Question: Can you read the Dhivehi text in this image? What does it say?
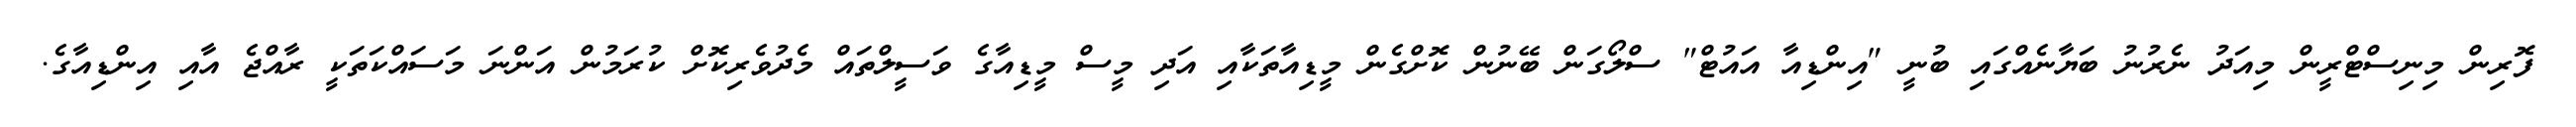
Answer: ފޮރިން މިނިސްޓްރީން މިއަދު ނެރުނު ބަޔާނެއްގައި ބުނީ "އިންޑިއާ އައުޓް" ސްލޯގަން ބޭނުން ކޮށްގެން މީޑިއާތަކާއި އަދި މީސް މީޑިއާގެ ވަސީލްތައް މެދުވެރިކޮށް ކުރަމުން އަންނަ މަސައްކަތަކީ ރާއްޖެ އާއި އިންޑިއާގެ.